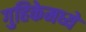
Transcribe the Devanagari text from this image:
गुहिकेमध्ये